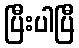
ပြီးပါပြီ